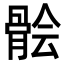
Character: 𩩈